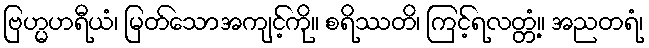
ဗြဟ္မဟရီယံ၊ မြတ်သောအကျင့်ကို။ စရိဿတိ၊ ကြင့်ရလတ္တံ့။ အညတရံ၊